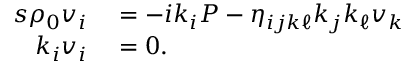
\begin{array} { r l } { s \rho _ { 0 } v _ { i } } & { { } = - i k _ { i } P - \eta _ { i j k \ell } k _ { j } k _ { \ell } v _ { k } } \\ { k _ { i } v _ { i } } & { { } = 0 . } \end{array}